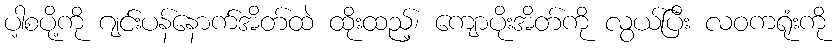
ပါ့စပို့ကို ဂျင်းပန်နောက်အိတ်ထဲ ထိုးထည့်၊ ကျောပိုးအိတ်ကို လွယ်ပြီး လဝကရုံးကို